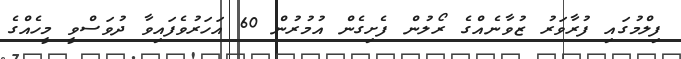
ފިލްމުގައި ފުރާވަރު ޒުވާނެއްގެ ރޯލުން ފެށިގެން އުމުރުން 60 އަހަރުވެފައިވާ ދުވަސްވީ މީހެއްގެ